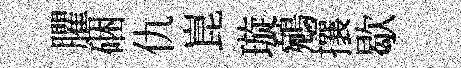
臞硱仇崑璇鵷攘歇